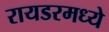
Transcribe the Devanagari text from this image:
रायडरमध्ये